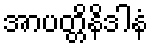
အာပတ္တိနိဒါနံ